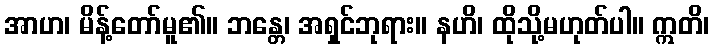
အာဟ၊ မိန့်တော်မူ၏။ ဘန္တေ၊ အရှင်ဘုရား။ နဟိ၊ ထိုသို့မဟုတ်ပါ။ ဣတိ၊